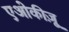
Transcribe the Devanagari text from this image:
एओकीज़ू